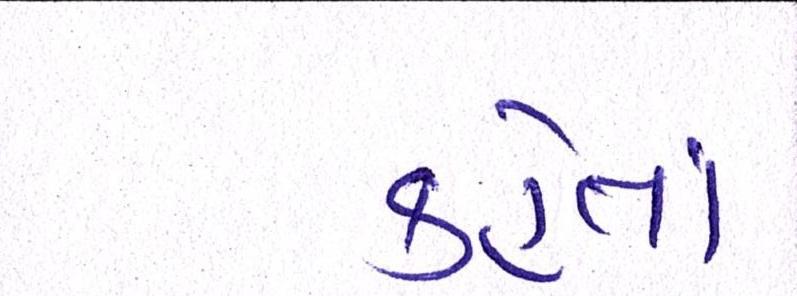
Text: કહેતાં